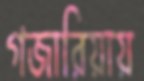
গজারিয়ায়